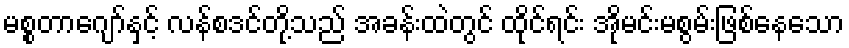
မစ္စတာဂျော်နှင့် လန်စဒင်တို့သည် အခန်းထဲတွင် ထိုင်ရင်း အိုမင်းမစွမ်းဖြစ်နေသော